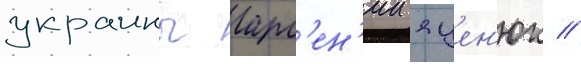
украины арс'ен'ии яцен'юк //